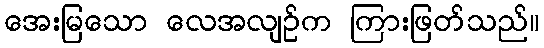
အေးမြသော လေအလျဉ်က ကြားဖြတ်သည်။